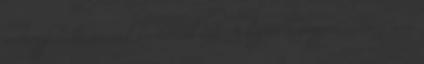
valamiféle bestiának tartották azt. A legtöbb tengeri mítosz, ami